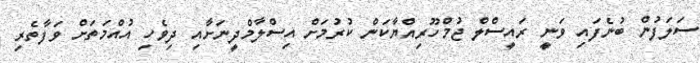
ސަލަފުން ބުނެފައި ވަނީ ރައީސްލް ޖުމްހޫރިއްޔާކަން ކުރުމަށް އިސްލާމްދީނަށާއި ދިވެހި އުއްމަތަށް ވަފާތެރި